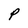
Character: P